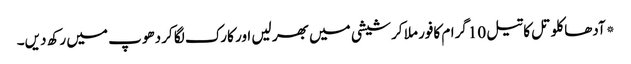
*آدھا کلو تل کا تیل 10گرام کافور ملا کر شیشی میں بھر لیں اور کارک لگا کر دھوپ میں رکھ دیں۔